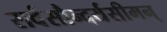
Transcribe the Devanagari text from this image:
सर्वसौन्दर्यसीमन्